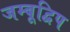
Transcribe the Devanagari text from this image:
जम्बूद्विप